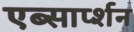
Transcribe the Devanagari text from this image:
एब्सार्प्शन